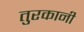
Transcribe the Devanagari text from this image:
तुरकानी